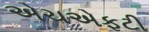
એચએફટી